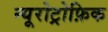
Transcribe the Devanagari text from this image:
न्यूरोट्रोफ़िक